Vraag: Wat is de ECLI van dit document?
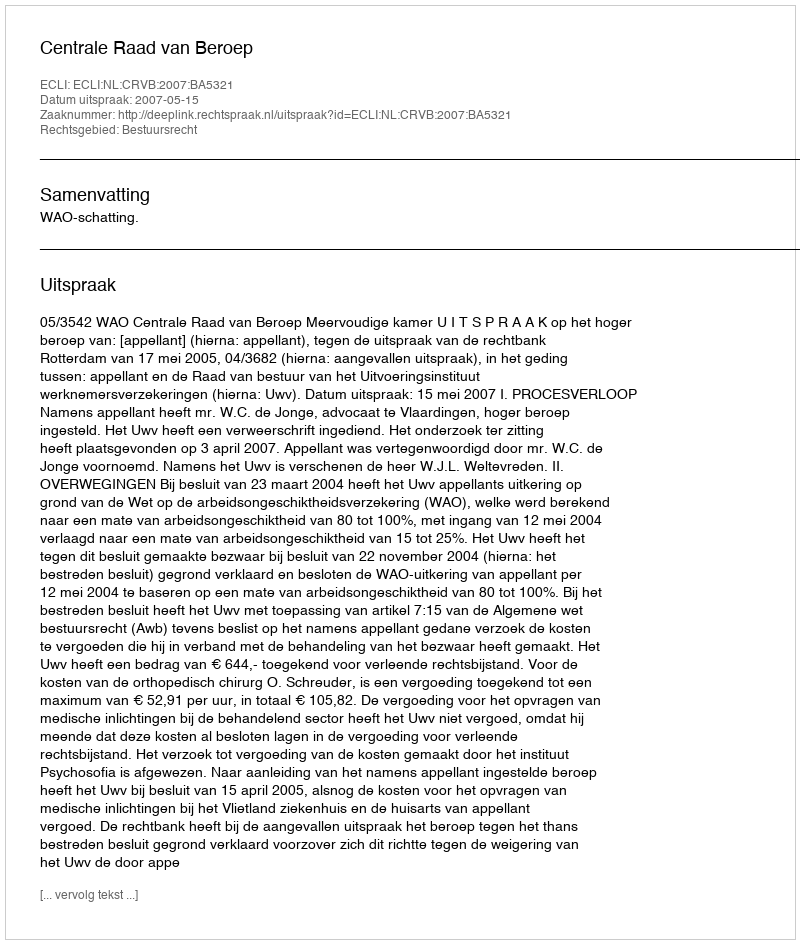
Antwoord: ECLI:NL:CRVB:2007:BA5321